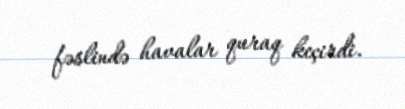
fəslində havalar quraq keçirdi.